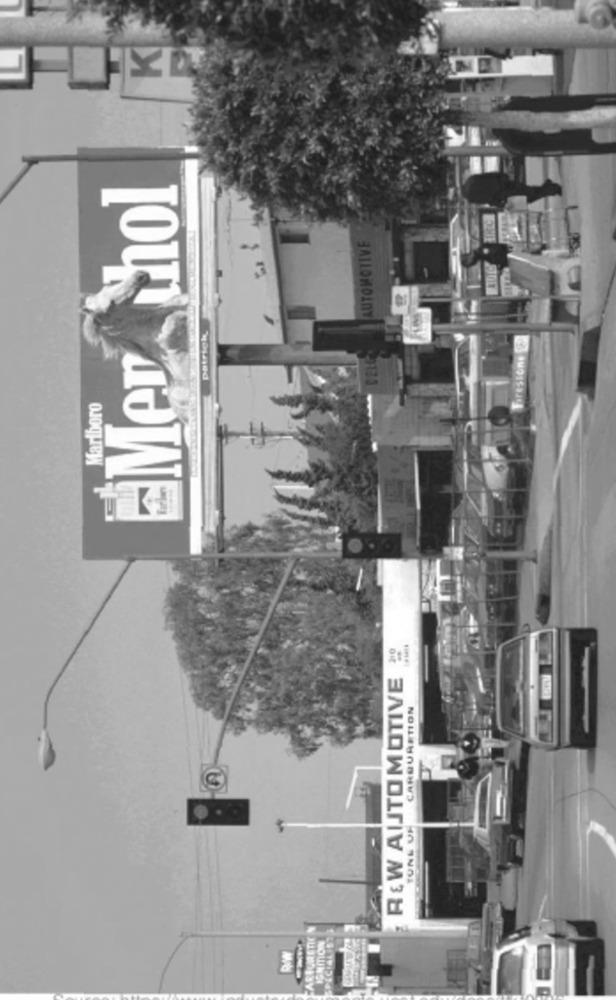
-Mer chol
AUTOMOTIVE
patrick,
Marlboro
REW AUTOMOTIVE ".
CARBURETION
CARIURETIC
IGNITION